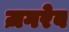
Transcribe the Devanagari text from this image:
ज़गरेब